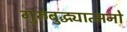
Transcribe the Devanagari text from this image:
गुरुबुद्ध्यात्मनो